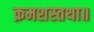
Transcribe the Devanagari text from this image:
क्रमशस्तथा॥